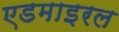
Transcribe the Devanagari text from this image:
एडमाइरल